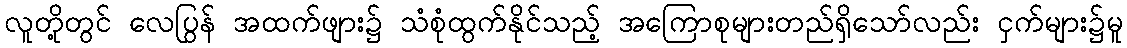
လူတို့တွင် လေပြွန် အထက်ဖျား၌ သံစုံထွက်နိုင်သည့် အကြောစုများတည်ရှိသော်လည်း ငှက်များ၌မူ